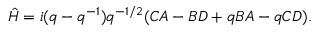
\hat { H } = i ( q - q ^ { - 1 } ) q ^ { - 1 / 2 } ( C A - B D + q B A - q C D ) .